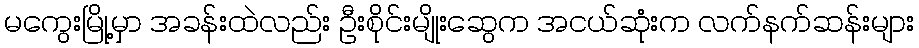
မကွေးမြို့မှာ အခန်းထဲလည်း ဦးစိုင်းမျိုးဆွေက အငယ်ဆုံးက လက်နက်ဆန်းများ